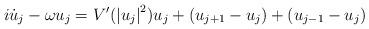
LaTeX: \begin{align*}i\dot{u}_{j}-\omega u_{j}=V^{\prime}(\left\vert u_{j}\right\vert ^{2})u_{j}+\left( u_{j+1}-u_{j}\right) +\left( u_{j-1}-u_{j}\right) \end{align*}